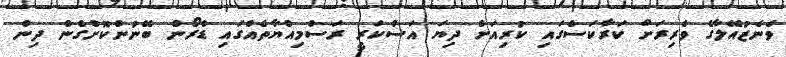
ވެނެޒުއޭލާގެ ވެރިރަށް ކަރާކަސްގައި ކުރިއަށް ދިޔަ އަސްކަރީ ރަސްމިއްޔާތެއްގައި ޑްރޯން ބޭނުންކޮށްގެން ދިން